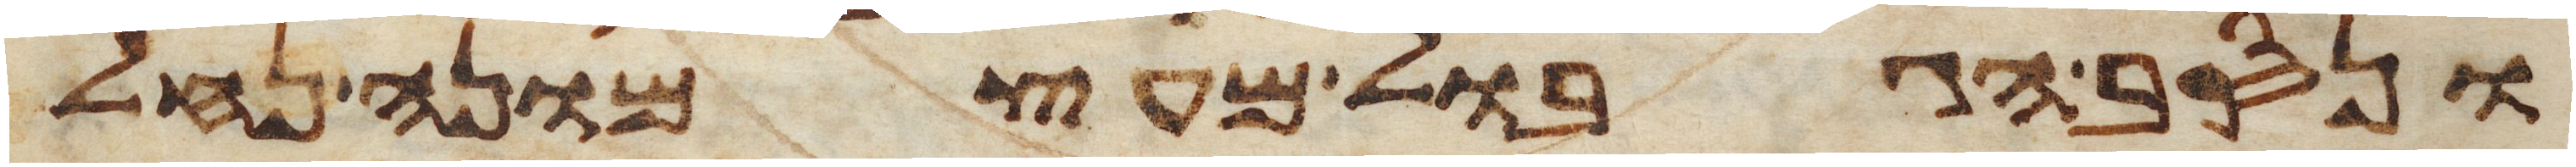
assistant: ונסב הגבול מעצמונה נחל